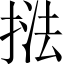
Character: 𭡚